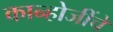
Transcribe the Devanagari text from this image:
कान्होजींचे